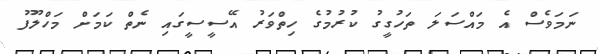
ނަމަވެސް އެ މައްސަލަ ތަހުގީގު ކުރުމުގެ ހިތްވަރު އޭސީސީގައި ނެތް ކަމަށް މަހްލޫފު